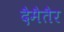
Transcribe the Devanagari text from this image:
दैमैतैर